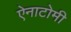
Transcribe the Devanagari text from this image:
ऐनाटोमी